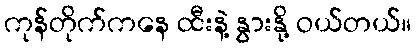
ကုန်တိုက်ကနေ ထီးနဲ့ နွားနို့ ဝယ်တယ်။